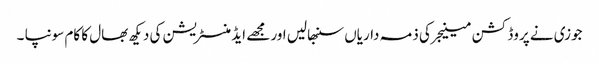
جوزی نے پروڈکشن مینیجر کی ذمہ داریاں سنبھالیں اور مجھے ایڈمنسٹریشن کی دیکھ بھال کا کام سونپا ۔